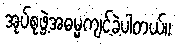
အုပ်စုဖွဲ့အဓမ္မကျင့်ခဲ့ပါတယ်။